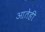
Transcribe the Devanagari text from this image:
आतेही